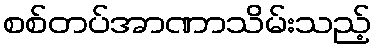
စစ်တပ်အာဏာသိမ်းသည့်